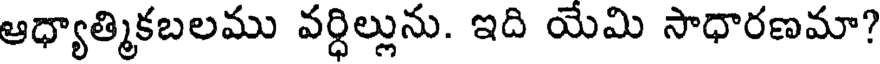
ఆధ్యాత్మికబలము వర్ధిల్లును. ఇది యేమి సాధారణమా?